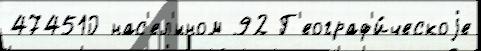
474510 нас'ел'́нном 92 Г'еограф'и́ческоjе